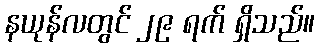
နယုန်လတွင် ၂၉ ရက် ရှိသည်။